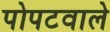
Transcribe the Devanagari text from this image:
पोपटवाले